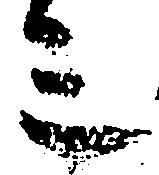
ミ